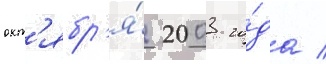
окт'ябр'я́ 2003 го́да /